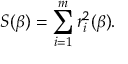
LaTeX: S ( { \boldsymbol { \beta } } ) = \sum _ { i = 1 } ^ { m } r _ { i } ^ { 2 } ( { \boldsymbol { \beta } } ) .